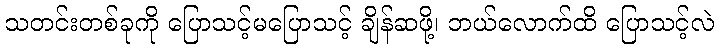
သတင်းတစ်ခုကို ပြောသင့်မပြောသင့် ချိန်ဆဖို့၊ ဘယ်လောက်ထိ ပြောသင့်လဲ